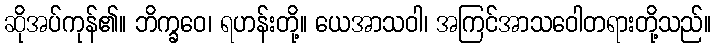
ဆိုအပ်ကုန်၏။ ဘိက္ခဝေ၊ ရဟန်းတို့။ ယေအာသဝါ၊ အကြင်အာသဝေါတရားတို့သည်။